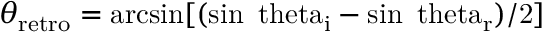
\theta _ { \mathrm { { r e t r o } } } = \mathrm { { a r c s i n } [ ( \sin \ t h e t a _ { \mathrm { { i } } } - \sin { \ t h e t a _ { \mathrm { { r } } } } ) / 2 ] }